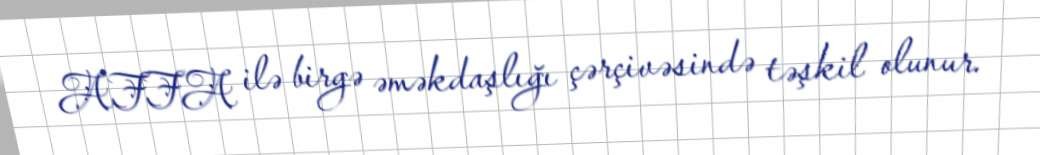
AFFA ilə birgə əməkdaşlığı çərçivəsində təşkil olunur.